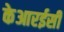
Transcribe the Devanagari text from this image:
केआरईसी